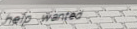
help wanted